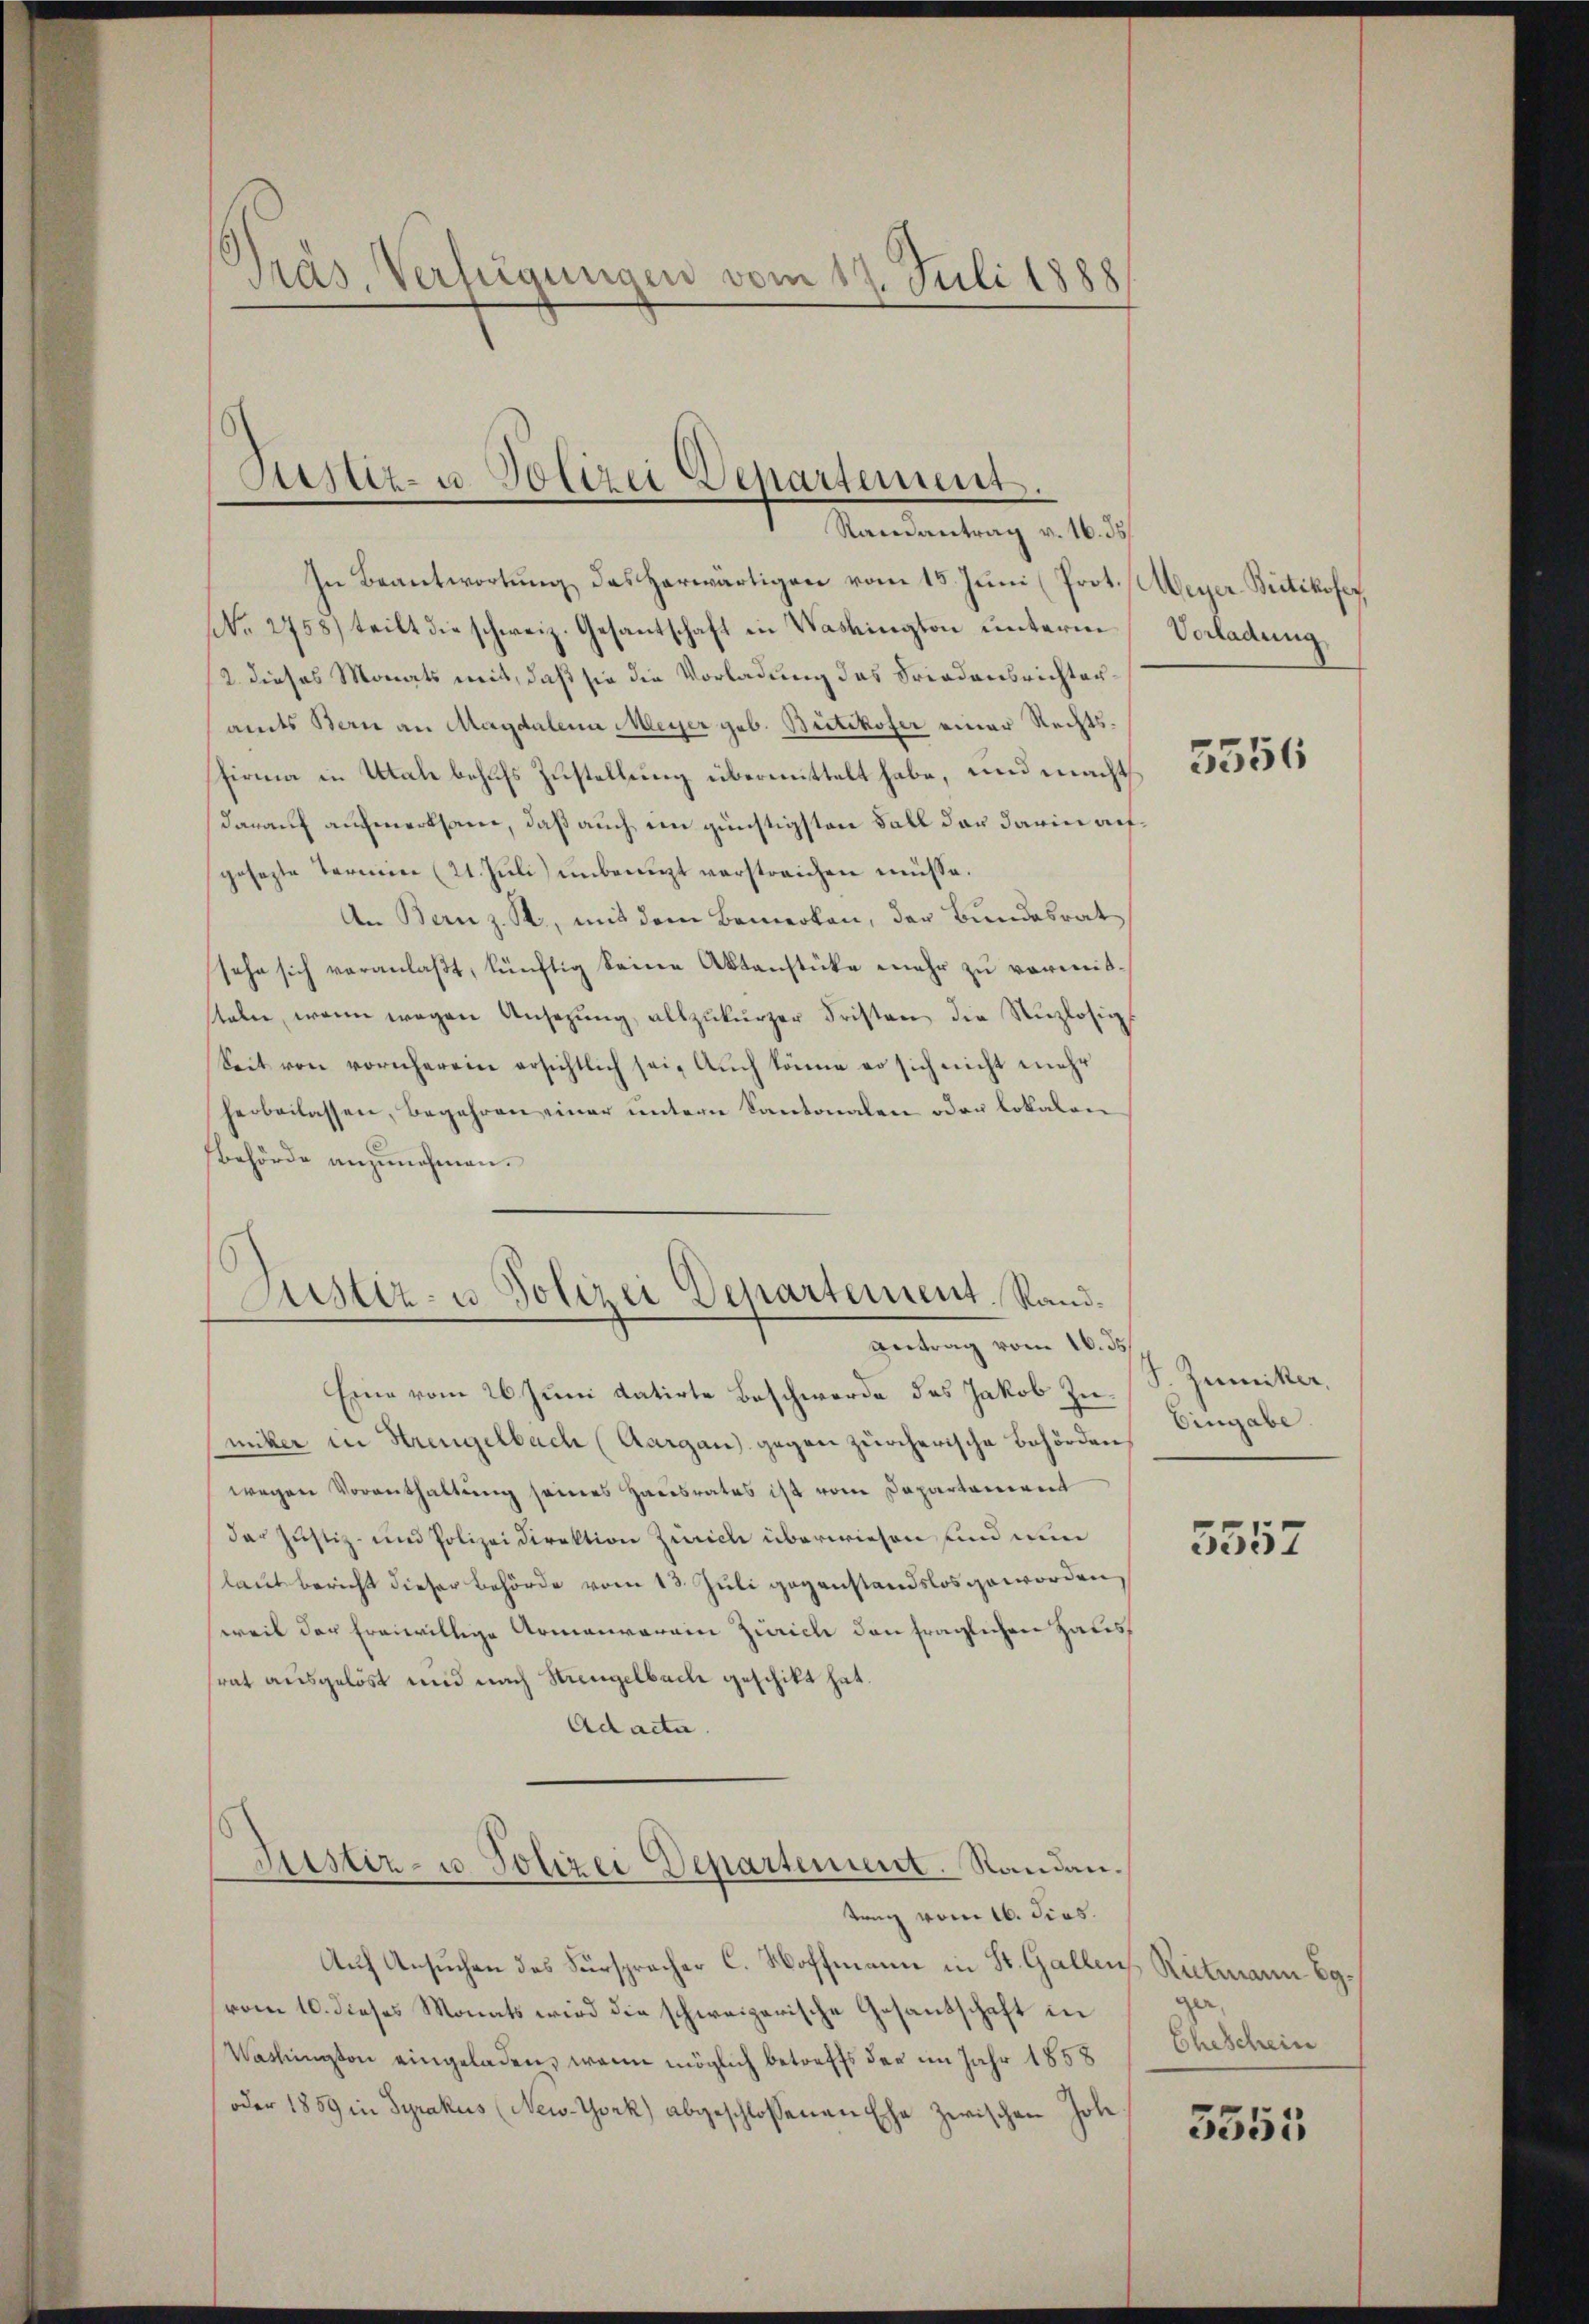
Präs. Verfügungen vom 17. Juli 1888

In Beantwortung das herwärtigen vom 15. Juni (Prot. (Meyer-Bietikofer,
No. 2758) teilt die schweiz. Gesantschaft in Washington unterm
12. dieses Monats mit, daß sie die Vorladung des Friedensrichterandes Bern an Magdalena Meyer geb. Bütikofer einer Rechts¬
Firma in Utah behufs Zustellung übermittelt habe, und macht
darauf aufmerksam, daß auch ein günstigsten Fall das darin aufgesagte Termine (21. Juli) unbenuzt verstreichen müsse.
An Bern z. B., mit dem Bemerken, der Bundesrat
sehe sich veranlaßt, künftig keine Aktenstücke mehr zu vormitstale, wenn wegen Ansezŭng allzŭkŭrzer Fristen die Unzlosig-
Seit von vornherein ersichtlich sei. Auch könne er sich nicht mehr
herbeilassen, begehren einer untern Kantonalen oder lokalen
Behörde anzunehmen.

Asiet- u. Polizei Departement.
Randantrag v. 16. 35

Justiz- u. Polizei Departement. Rand¬
Antrag vom 16. ds.

Eine vom 26. Juni datirte Beschwerde des Jakob Zumitter in Strengelbach (Aargau) gegen zürcherische Behörden,
wegen Vorenthaltung seines Hausrates ist vom Departement
der Justiz- und Polizeidirektion Zürich überwiesen und nun
laut bericht dieser Behörde vom 13. Juli gegenstandslos geworden,
weil der freiwillige Armenverein Zürich den fraglichen Haus
srat ausgelöst und nach Strengelbache geschikt hat.
Ad acta.
Justiz- u Polizei Departement. Randantrag vom 16. Fies.
Auf Ansuchen des Fürspracher C. Hoffmann in St. Gallen Rittmann Egvom 10. dieses Monats wird die schweizerische Gesandschaft in
Washington eingeladen, wenn möglich betreffs der im Jahr 1858
oder 1859 in Syrakus (New-York) abgeschlossenen Ehe zwischen Jole.

Vorladung

5556

S. Zumiker,
Eingabe.

5557

ger,
Eheschein

3555.